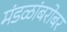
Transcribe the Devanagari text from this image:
मंडळांबरोबर